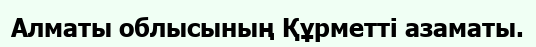
Алматы облысының Құрметті азаматы.